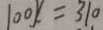
1 0 0 X = 3 1 0